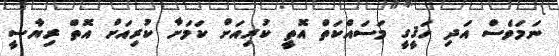
ނަމަވެސް އަދި ހަޤީގީ މަސައްކަތް އޮތީ ކުރިއަށް ކަމަށާ ކުރިއަށް އޮތް ރިޔާސީ